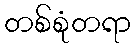
တစ်စုံတရာ